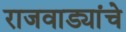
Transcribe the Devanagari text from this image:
राजवाड्यांचे